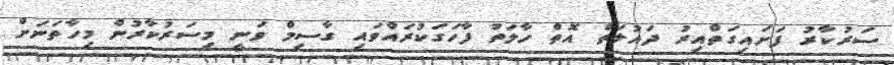
ސަރުކާރު ފަށައިގަތްއިރު ދައުލަތް އޮތް ހާލަތު ފާހަގަކުރައްވައި ގާސިމް ވަނީ މިސަރުކާރުން މިހާތަނަށް